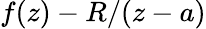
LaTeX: f(z)-R/(z-a)